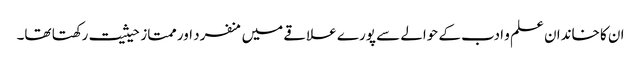
ان کا خاندان علم و ادب کے حوالے سے پورے علاقے میں منفرد اور ممتاز حیثیت رکھتا تھا۔